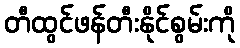
တီထွင်ဖန်တီးနိုင်စွမ်းကို